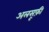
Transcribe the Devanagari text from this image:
अलसूफ़ी